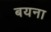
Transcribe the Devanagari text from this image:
बयना